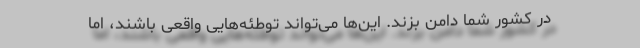
در کشور شما دامن بزند. این‌ها می‌تواند توطئه‌هایی واقعی باشند، اما